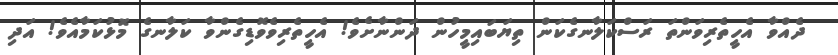
ދެއްވާ އެހީތެރިވަންތަ ރަސްކަލާނގެކަން ތިޔަބައިމީހުން ދަންނާށެވެ! އެހީތެރިވެވޮޑިގެންވާ ކަލާނގެ މޮޅުކަމާއެވެ! އަދި